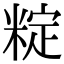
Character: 𬖣